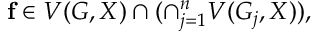
\mathbf { f } \in V ( G , X ) \cap ( \cap _ { j = 1 } ^ { n } V ( G _ { j } , X ) ) ,